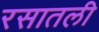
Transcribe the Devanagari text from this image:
रसातली